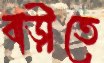
বাড়ীতে